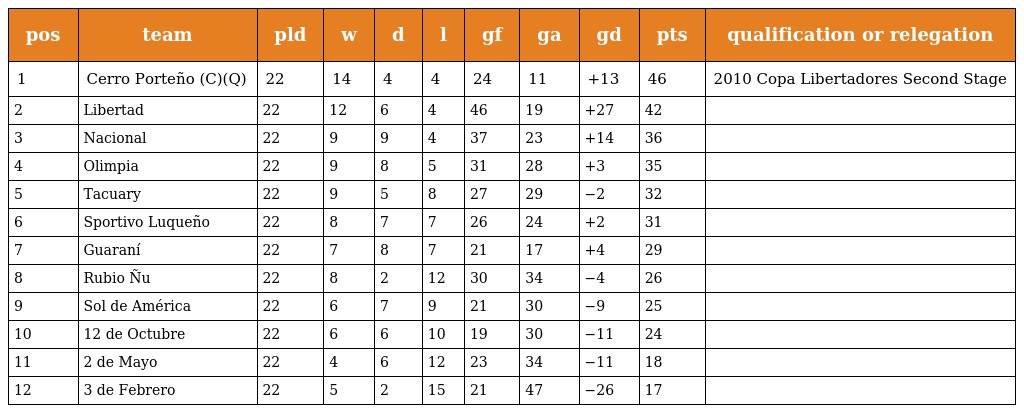
| pos | team | pld | w | d | l | gf | ga | gd | pts | qualification or relegation |
 | --- | --- | --- | --- | --- | --- | --- | --- | --- | --- | --- |
 | 1 | Cerro Porteño (C)(Q) | 22 | 14 | 4 | 4 | 24 | 11 | +13 | 46 | 2010 Copa Libertadores Second Stage |
 | 2 | Libertad | 22 | 12 | 6 | 4 | 46 | 19 | +27 | 42 |  |
 | 3 | Nacional | 22 | 9 | 9 | 4 | 37 | 23 | +14 | 36 |  |
 | 4 | Olimpia | 22 | 9 | 8 | 5 | 31 | 28 | +3 | 35 |  |
 | 5 | Tacuary | 22 | 9 | 5 | 8 | 27 | 29 | −2 | 32 |  |
 | 6 | Sportivo Luqueño | 22 | 8 | 7 | 7 | 26 | 24 | +2 | 31 |  |
 | 7 | Guaraní | 22 | 7 | 8 | 7 | 21 | 17 | +4 | 29 |  |
 | 8 | Rubio Ñu | 22 | 8 | 2 | 12 | 30 | 34 | −4 | 26 |  |
 | 9 | Sol de América | 22 | 6 | 7 | 9 | 21 | 30 | −9 | 25 |  |
 | 10 | 12 de Octubre | 22 | 6 | 6 | 10 | 19 | 30 | −11 | 24 |  |
 | 11 | 2 de Mayo | 22 | 4 | 6 | 12 | 23 | 34 | −11 | 18 |  |
 | 12 | 3 de Febrero | 22 | 5 | 2 | 15 | 21 | 47 | −26 | 17 |  |